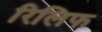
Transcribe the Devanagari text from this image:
रिलिफ